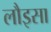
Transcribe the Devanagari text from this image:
लौइसा